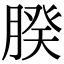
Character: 𦝢